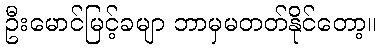
ဦးမောင်မြင့်ခမျာ ဘာမှမတတ်နိုင်တော့။